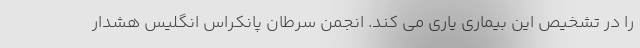
را در تشخیص این بیماری یاری می کند. انجمن سرطان پانکراس انگلیس هشدار